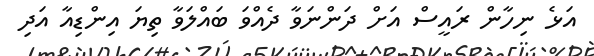
އަޅެ ނިހާން ރައީސް އަށް ދަންނަވާ ދެއްވަ ބައްލަވާ ތިޔަ އިންޑިއާ އަދި